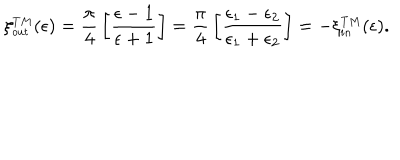
\xi _ { \small o u t } ^ { \small T M } ( \epsilon ) = { \frac { \pi } { 4 } } \left[ { \frac { \epsilon - 1 } { \epsilon + 1 } } \right] = { \frac { \pi } { 4 } } \left[ { \frac { \epsilon _ { 1 } - \epsilon _ { 2 } } { \epsilon _ { 1 } + \epsilon _ { 2 } } } \right] = - \xi _ { \small i n } ^ { \small T M } ( \epsilon ) .